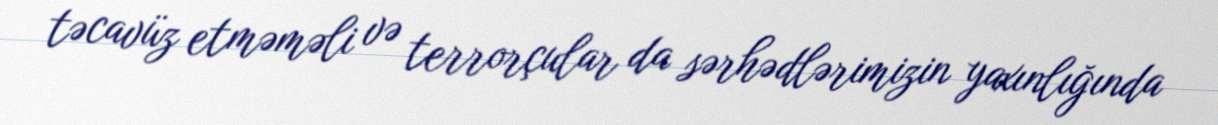
təcavüz etməməli və terrorçular da sərhədlərimizin yaxınlığında